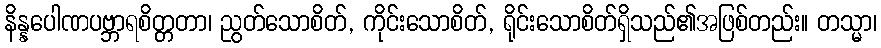
နိန္နပေါဏပဗ္ဘာရစိတ္တတာ၊ ညွတ်သောစိတ်, ကိုင်းသောစိတ်, ရိုင်းသောစိတ်ရှိသည်၏အဖြစ်တည်း။ တသ္မာ၊